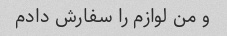
و من لوازم را سفارش دادم